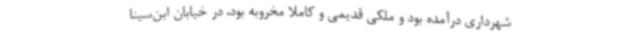
شهرداری درآمده بود و ملکی قدیمی و کاملا مخروبه بود، در خیابان ابن‌سینا